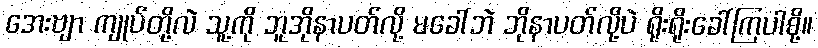
အေးဗျာ ကျုပ်တို့လဲ သူ့ကို ဘူအိုနာပတ်လို့ မခေါ်ဘဲ ဘိုနာပတ်လို့ပဲ ရိုးရိုးခေါ်ကြပါစို့။